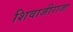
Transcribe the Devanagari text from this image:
शिवाजीराजा